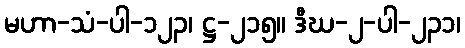
မဟာ-သံ-ပါ-၁၂၃၊ ဋ္ဌ-၂၁၅။ ဒီဃ-၂-ပါ-၂၃၁၊